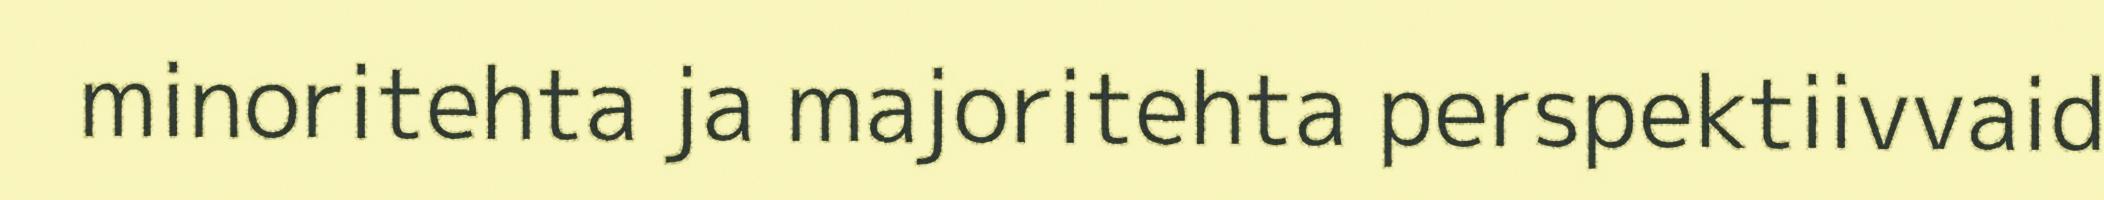
minoritehta ja majoritehta perspektiivvaid